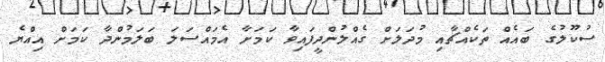
ސުކޫލުގެ ބައެއް ތަކެއްޗާއި މުދަލަށް ގެއްލުންދީފައިވާ ކަމަށާ އެމައްސަލަ ބަލަމުންދާ ކަމަށް އިއްޔެ